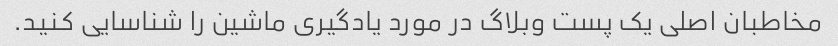
مخاطبان اصلی یک پست وبلاگ در مورد یادگیری ماشین را شناسایی کنید.